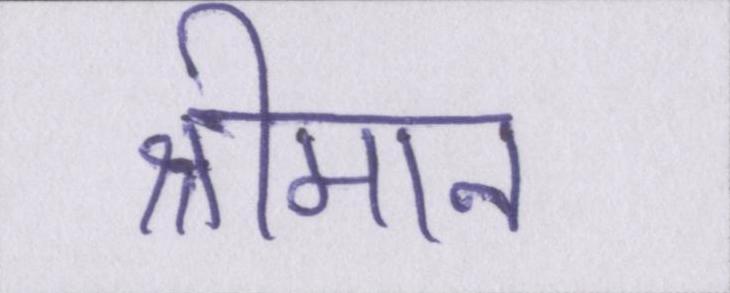
श्रीमान